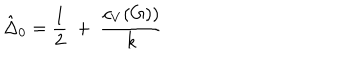
\hat { \Delta } _ { 0 } = { \frac { 1 } { 2 } } ~ + ~ { \frac { c _ { V } ( G ) ) } { k } }